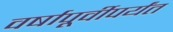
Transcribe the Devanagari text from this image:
वर्षापूर्वीपर्यंत